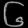
Digit: ၆